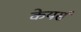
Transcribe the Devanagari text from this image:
केयर्स